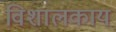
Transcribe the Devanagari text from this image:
विशालकाय